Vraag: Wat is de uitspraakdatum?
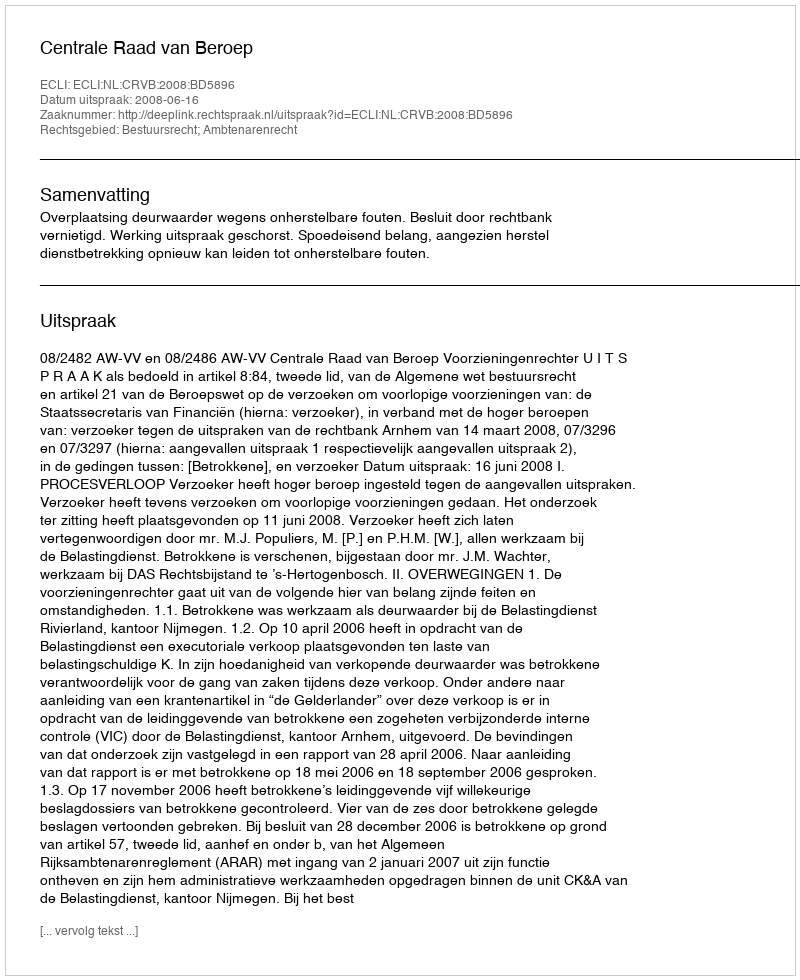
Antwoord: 2008-06-16